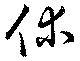
休